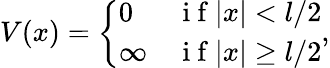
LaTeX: V(x)=\left\{ \begin{array}{lr}{0}&{\mathrm{~i~f~}|x|<l/2}\\ {\infty}&{\mathrm{~i~f~}|x|\ge l/2}\end{array}\right.,